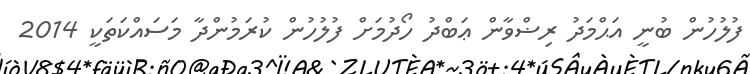
ފުލުހުން ބުނީ އަޙްމަދު ރިޟްވާން ޢަބްދު ހޯދުމަށް ފުލުހުން ކުރަމުންދާ މަސައްކަތަކީ 2014